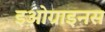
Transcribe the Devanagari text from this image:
इओग्राइनस